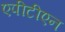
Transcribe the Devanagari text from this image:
एपीटीएन